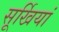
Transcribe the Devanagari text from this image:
सूर्खियां